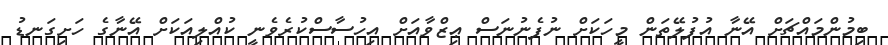
ބިމުންމައްޗަށް އޭނާ އުފުލޭތަން މީހަކަށް ނުފެނުނަސް ޢިޒްވާއަށް އިހުސާސްކުރެވެނީ ކުއްލިއަކަށް އޭނާގެ ހަށިގަނޑު